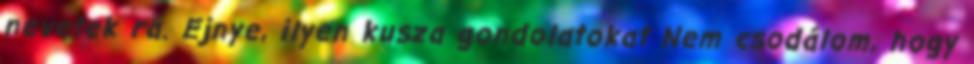
nevetek rá. Ejnye, ilyen kusza gondolatokat Nem csodálom, hogy